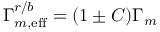
\Gamma _ { m , \mathrm { e f f } } ^ { r / b } = ( 1 \pm C ) \Gamma _ { m }